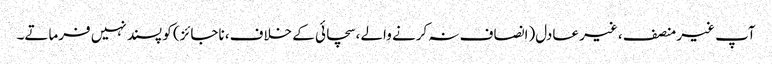
آپ غیر منصف ، غیر عادل(انصاف نہ کرنے والے ،سچائی کے خلاف، ناجائز) کو پسند نہیں فرماتے۔